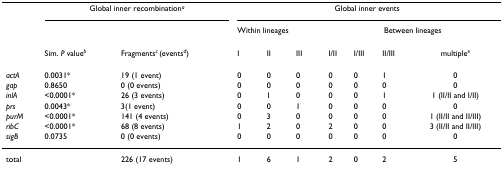
|  | <COLSPAN=2> Global inner recombinationa | <COLSPAN=7> Global inner events |
 |  |  |  | <COLSPAN=3> Within lineages | <COLSPAN=4> Between lineages |
 | --- | --- | --- | --- | --- | --- | --- | --- | --- | --- |
 |  | Sim. P valueb | Fragmentsc (eventsd) | I | II | III | I/II | I/III | II/III | multiplee |
 | actA | 0.0031* | 19 (1 event) | 0 | 0 | 0 | 0 | 0 | 1 | 0 |
 | gap | 0.8650 | 0 (0 events) | 0 | 0 | 0 | 0 | 0 | 0 | 0 |
 | inlA | <0.0001* | 26 (3 events) | 0 | 1 | 0 | 0 | 0 | 1 | 1 (II/II and I/II) |
 | prs | 0.0043* | 3(1 event) | 0 | 0 | 1 | 0 | 0 | 0 | 0 |
 | purM | <0.0001* | 141 (4 events) | 0 | 3 | 0 | 0 | 0 | 0 | 1 (II/II and II/III) |
 | ribC | <0.0001* | 68 (8 events) | 1 | 2 | 0 | 2 | 0 | 0 | 3 (II/II and II/III) |
 | sigB | 0.0735 | 0 (0 events) | 0 | 0 | 0 | 0 | 0 | 0 | 0 |
 | total |  | 226 (17 events) | 1 | 6 | 1 | 2 | 0 | 2 | 5 |